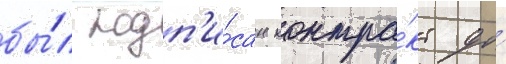
бы́л подп'и́сан контра́кт до́